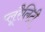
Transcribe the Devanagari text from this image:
प्लूरैलिटी